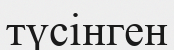
түсінген